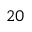
2 0